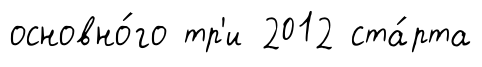
основно́го тр'и 2012 ста́рта